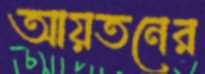
আয়তনের